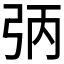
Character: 𪪻